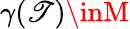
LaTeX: \gamma(\mathscr{T})\inM